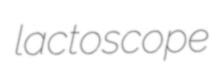
lactoscope